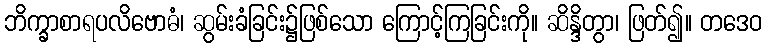
ဘိက္ခာစာရပလိဗောဓံ၊ ဆွမ်းခံခြင်း၌ဖြစ်သော ကြောင့်ကြခြင်းကို။ ဆိန္ဒိတွာ၊ ဖြတ်၍။ တဒေဝ